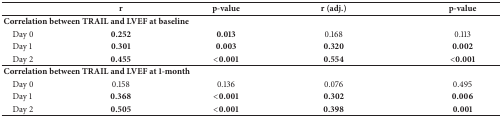
|  | r | p-value | r (adj.) | p-value |
 | --- | --- | --- | --- | --- |
 | <COLSPAN=5> Correlation between TRAIL and LVEF at baseline |
 | Day 0 | 0.252 | 0.013 | 0.168 | 0.113 |
 | Day 1 | 0.301 | 0.003 | 0.320 | 0.002 |
 | Day 2 | 0.455 | <0.001 | 0.554 | <0.001 |
 | <COLSPAN=5> Correlation between TRAIL and LVEF at 1-month |
 | Day 0 | 0.158 | 0.136 | 0.076 | 0.495 |
 | Day 1 | 0.368 | <0.001 | 0.302 | 0.006 |
 | Day 2 | 0.505 | <0.001 | 0.398 | 0.001 |